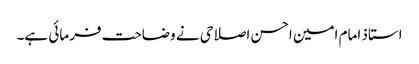
استاذ امام امین احسن اصلاحی نے وضاحت فرمائی ہے۔